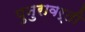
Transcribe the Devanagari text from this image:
पुनुरावर्ती